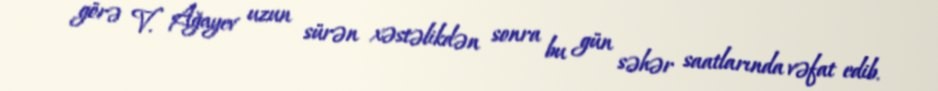
görə V. Ağayev uzun sürən xəstəlikdən sonra bu gün səhər saatlarında vəfat edib.